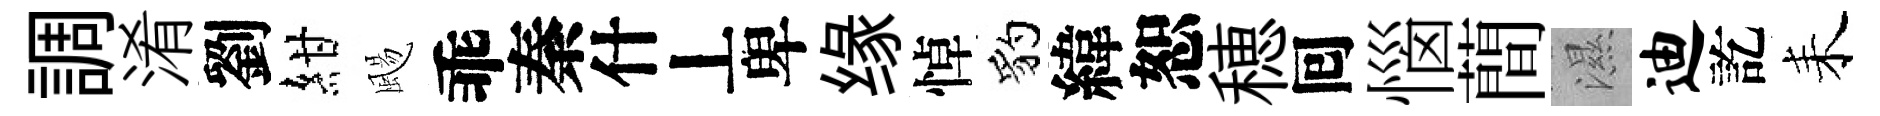
調淆劉紺颺乖秦什丄卑缘悼豹緯恕穂囘惱蕳濕迪訖耒